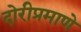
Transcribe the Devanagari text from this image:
दोरीप्रमाणे